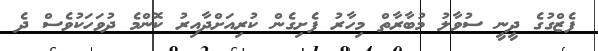
ފެޒްގުގެ ދީނީ ސުވާލު މުބާރާތް މިހާރު ފެށިގެން ކުރިއަށްދާއިރު ކޮންމެ ދުވަހަކުވެސް ދެ